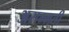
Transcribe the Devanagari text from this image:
असम्मती